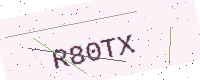
Text: R80TX